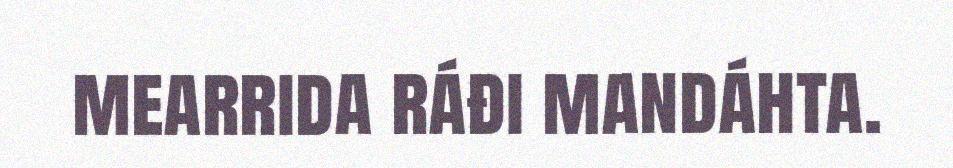
mearrida ráđi mandáhta.